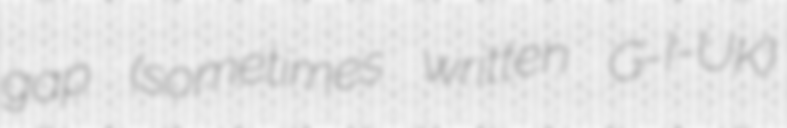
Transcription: gap (sometimes written G-I-UK)